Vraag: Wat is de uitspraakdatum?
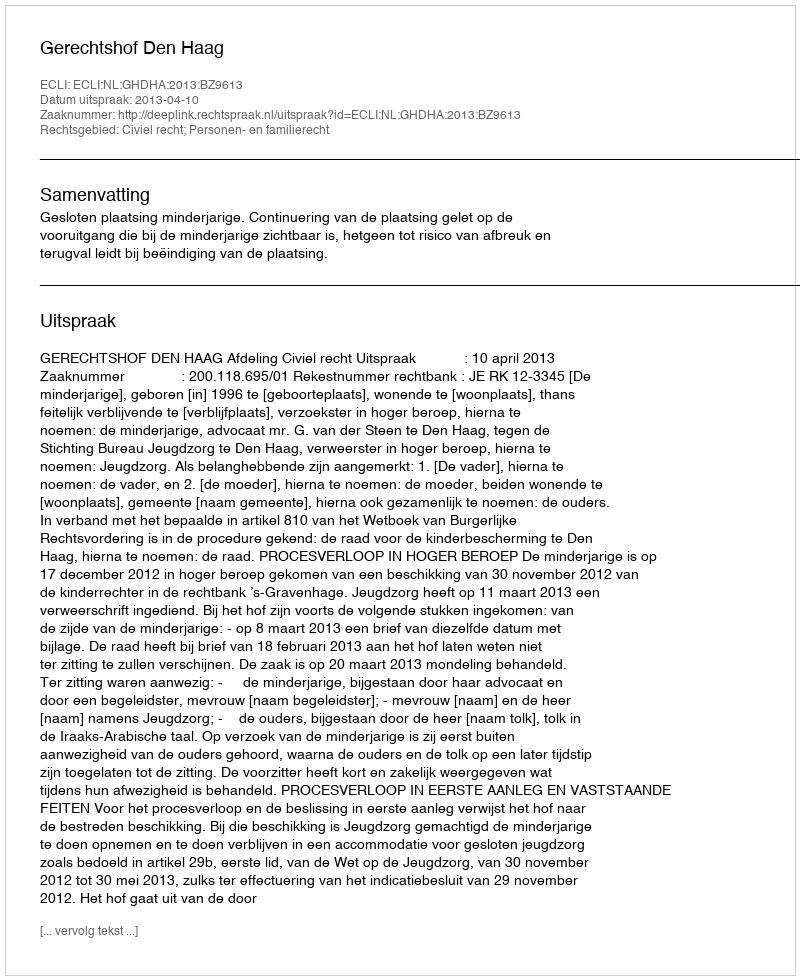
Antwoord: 2013-04-10